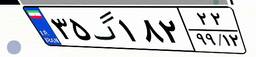
۹۲گ۲۶۳۱۹